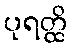
ပုရတ္ထိ